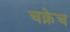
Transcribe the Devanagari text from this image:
चक्रेच